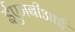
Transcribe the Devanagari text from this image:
ईएमबीआई